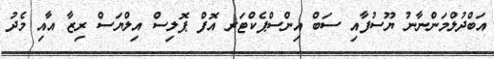
އަބްދުލްމަންނާނު ޔޫސުފާއި ސަބް އިންސްޕެކްޓަރ އޮފް ޕޮލިސް އިލްޔަސް ރިޒާ އާއި މެދު